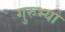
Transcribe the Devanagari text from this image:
गुरुभ्यो